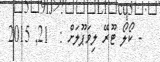
- ކޯލޯ ޓޫރޭ ލިވަޕޫލަށް :  21